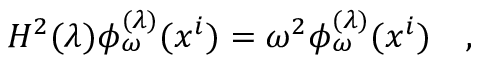
H ^ { 2 } ( \lambda ) \phi _ { \omega } ^ { ( \lambda ) } ( x ^ { i } ) = \omega ^ { 2 } \phi _ { \omega } ^ { ( \lambda ) } ( x ^ { i } ) ~ ~ ~ ,